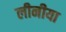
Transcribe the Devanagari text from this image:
लीनीया